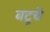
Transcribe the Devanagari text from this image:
बटूचे